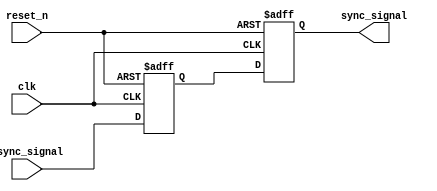
module signal_level_crossing_synchronizer (
    input  wire clk,        // Receiving clock domain
    input  wire reset_n,    // Active low reset
    input  wire async_signal, // Asynchronous input signal to be synchronized
    output reg  sync_signal   // Synchronized output signal
);

    // Internal signals for the dual flip-flop synchronizer
    reg ff1_out; // Output of the first flip-flop

    // Dual flip-flop synchronizer
    always @(posedge clk or negedge reset_n) begin
        if (!reset_n) begin
            ff1_out <= 1'b0;  // Initialize first FF output on reset
            sync_signal <= 1'b0; // Initialize output on reset
        end else begin
            ff1_out <= async_signal; // Sample async signal on clk
            sync_signal <= ff1_out;   // Sample output of the first FF
        end
    end

endmodule